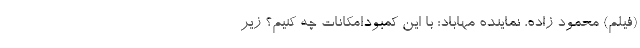
(فیلم) محمود زاده، نماینده مهاباد: با این کمبودامکانات چه کنیم؟ زیر